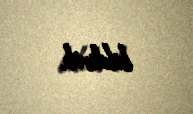
bildirib.